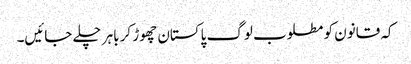
کہ قانون کو مطلوب لوگ پاکستان چھوڑ کر باہر چلے جائیں۔